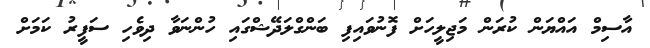
އާސިމް އައްޔަން ކުރަން މަޖިލީހަށް ފޮނުވައިފި ބަންގްލަދޭޝްގައި ހުންނަވާ ދިވެހި ސަފީރު ކަމަށް